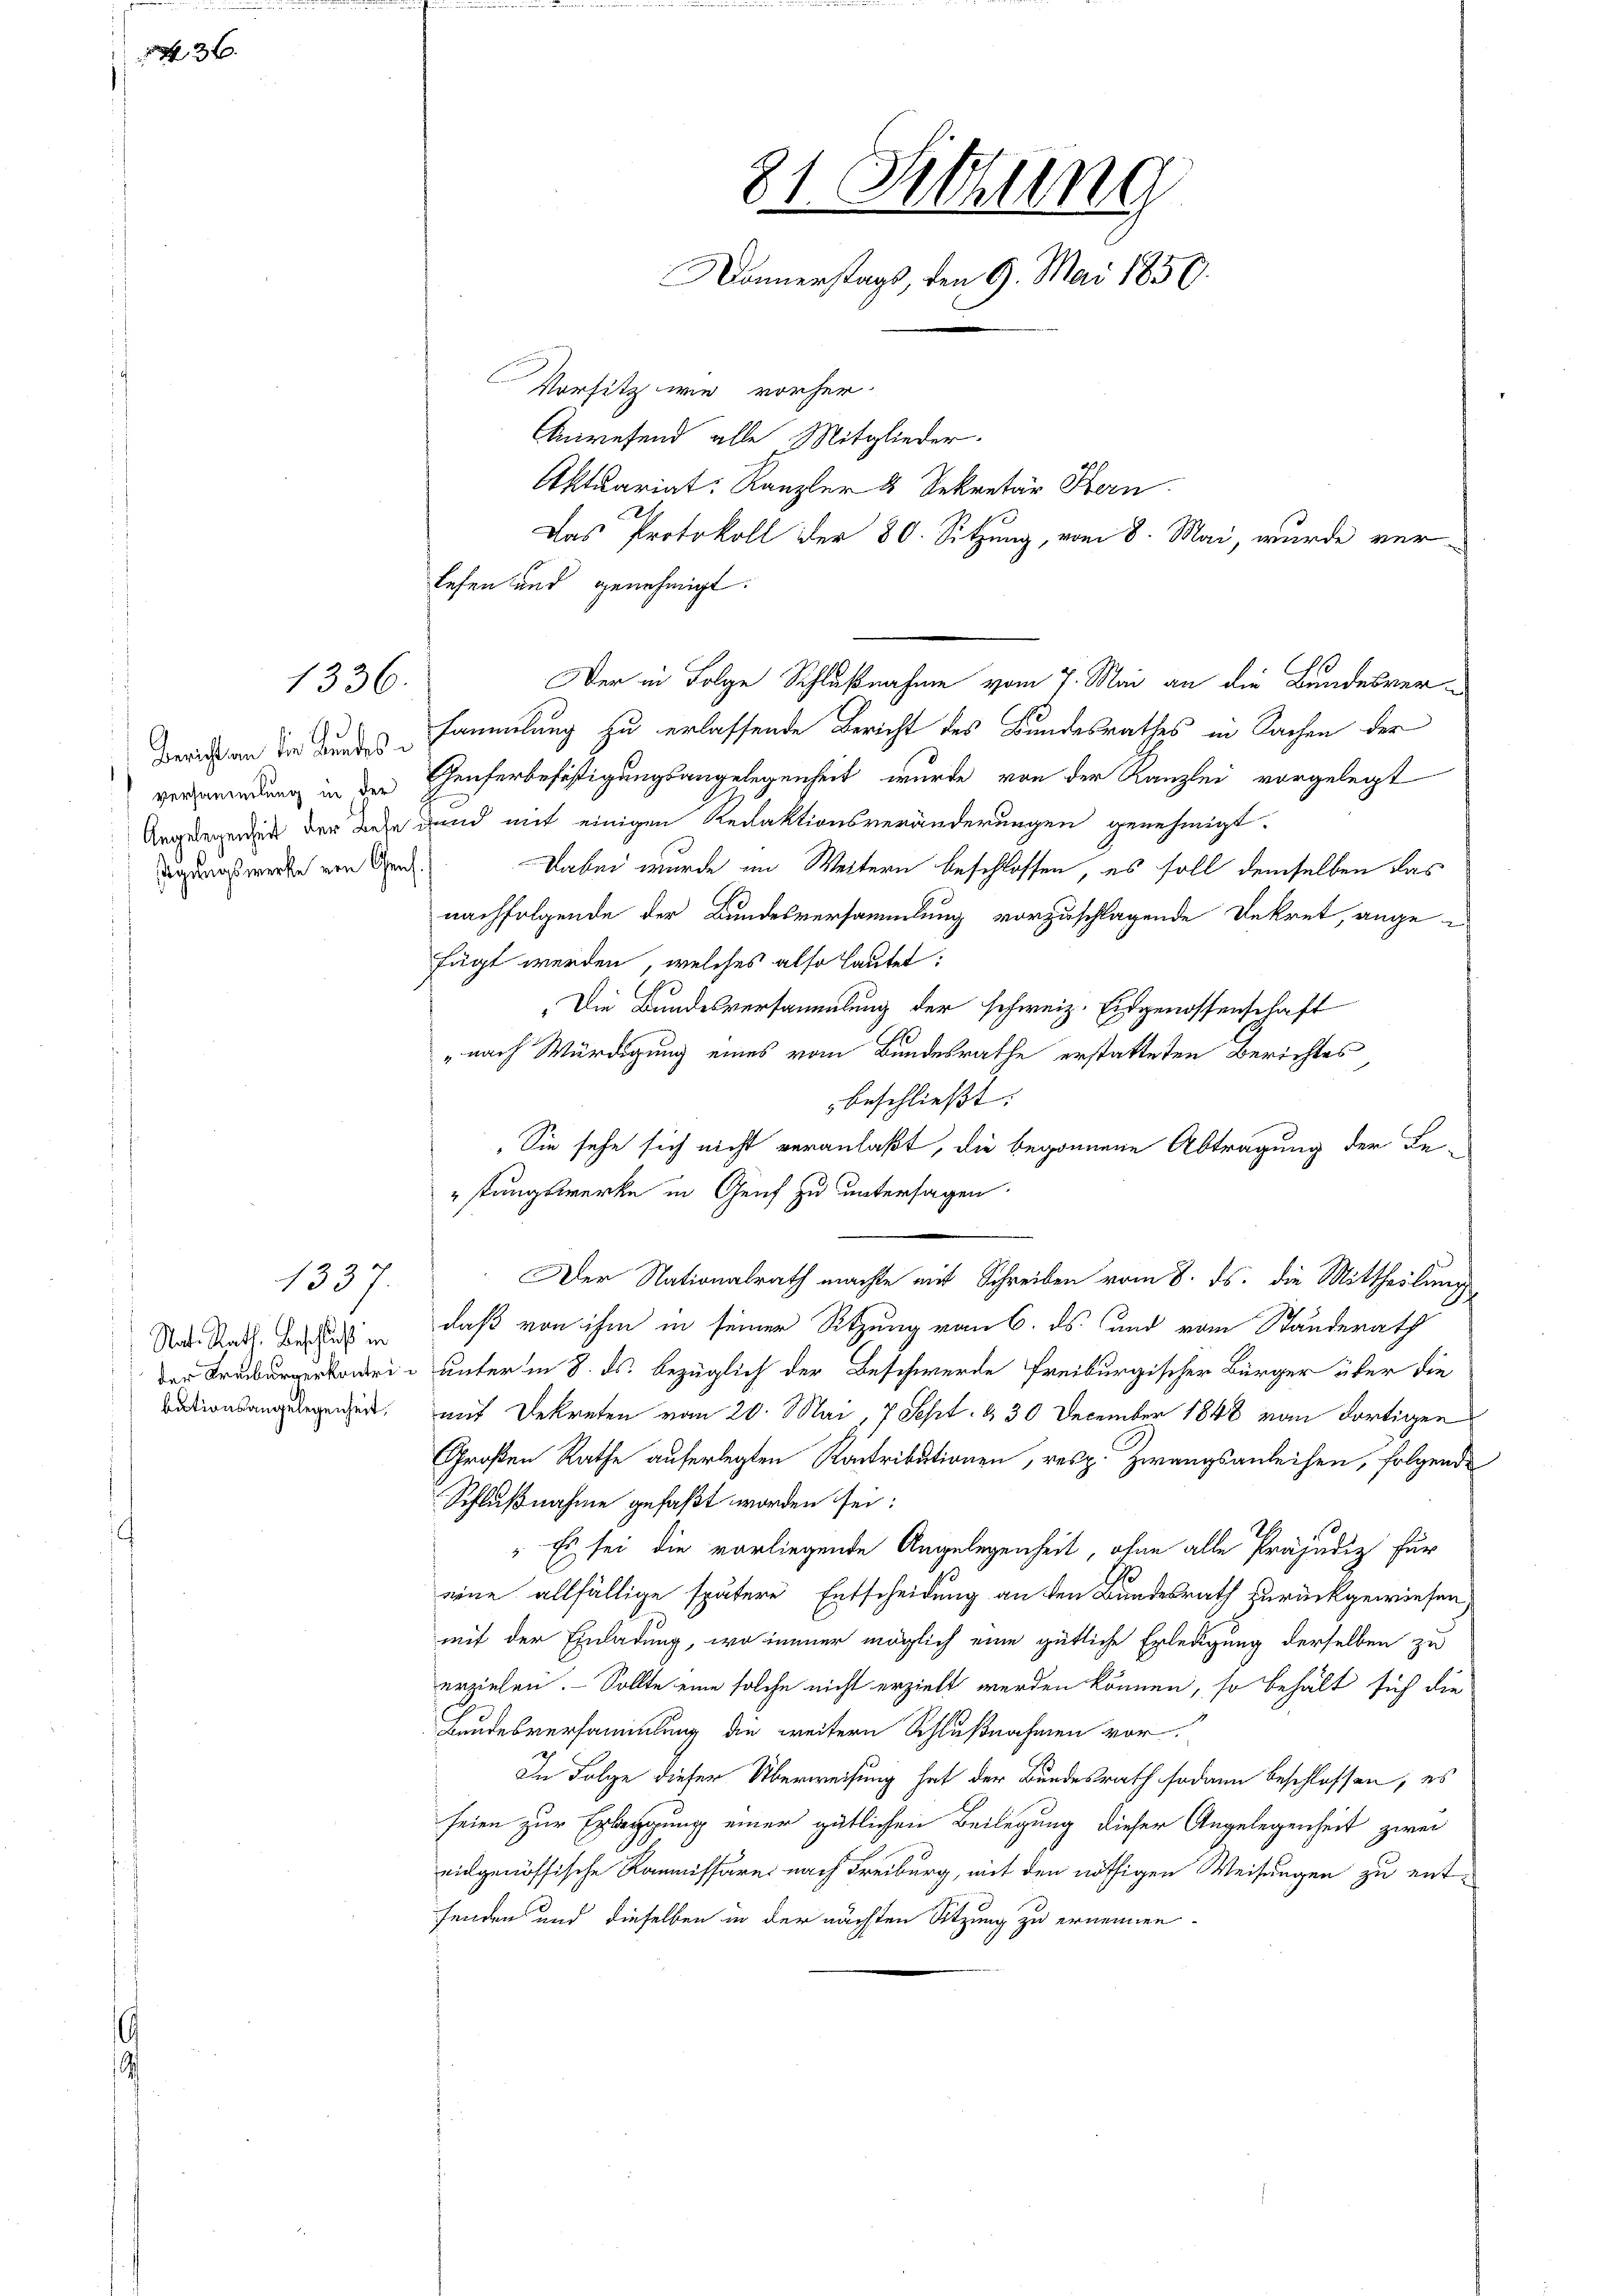
3

1336.

Bericht an die Kundessigungswerke von Genf.

1307.
Nat. Rath, Beschluß in
der Kreiburgerkontributionsangelegenheit.

81. Sitzung
Donnerstags, den 9. Mai 1850.
Vorsitz wie vorher-
Anwesend alle Mitglieder.
Aktuariat: Kanzler 4 Sekretär Kern
Das Protokoll der 80. Sitzung, vom 8. Mai, wurde ver¬

lesen und genehmigt.
sammlung zu erlassende Bericht des Bundesrathes in Sachen der
verwendung in der Genferbefästigungsangelegenheit wurde von der Kanzlei vorgelegt
Angelegen in der Behe den mit einigen Redaktionsveränderungen genehmigt.
Dabei wurde im Weitern beschlossen, es soll demselben das
nachfolgende der Bundesversammlung vorzuschlagende Dekret, ange-
fügt werden, welches also lautet:
„Die Bundesversammlung der schweiz. Eidgenossenschaft
„nach Würdigung eines vom Bundesrathe erstatteten Berichtes
beschließt:
Sie sehe sich nicht veranlaßt, die begonnene Abtragung der Be-
stungswerke in Genf zu untersagen.
Der Nationalrath machte mit Schreiben vom 8. ds. die Mittheilung
daß von ihm in seiner Sitzung vom 6. ds. und vom Standerath
unter in 8. ds. bezüglich der Beschwerde freiburgischer Bürger über die
mit Dekreten vom 20. Mai, 7 Sept. & 30 December 1848 von dortigen
Großen Rathe auferlegten Kontributionen, resp. Zwangsanleihen, folgende
Schlußnahme gefaßt worden sei:
" Es sei die vorliegende Angelegenheit, ohne alle Präjudiz für
eine allfällige spätere Entscheidung an den Bundesrath zurückgewiesen.
mit der Einladung, wo immer möglich eine gütliche Erledigung derselben zu
erzielen. Sollte eine solche nicht erzielt werden können, so behält sich die
Bundesversammlung die weitern Schlußnahmen vor.
In Folge dieser Überweisung hat der Bundesrath sodann beschlossen, es
seien zur Erbengung einer gütlichen Beilegung dieser Angelegenheit zwei
vidgenössische Kommissäre nach Freiburg, mit den nöthigen Weisungen zu entfenden und dieselben in der nächsten Sitzung zu ernennen.

Der in Folge Schlußnahme vom 7. Mai an die Bundesver¬